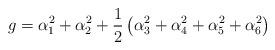
LaTeX: \begin{align*}g = \alpha_1 ^2 + \alpha_2 ^2 + \frac{1}{2}\left( \alpha_3 ^2 + \alpha_4 ^2 + \alpha_5 ^2 +\alpha_6 ^2 \right)\end{align*}